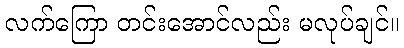
လက်ကြော တင်းအောင်လည်း မလုပ်ချင်။